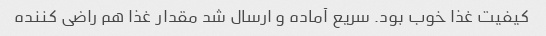
کیفیت غذا خوب بود. سریع آماده و ارسال شد مقدار غذا هم راضی کننده